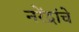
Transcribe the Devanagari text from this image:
नरेंद्रांचे